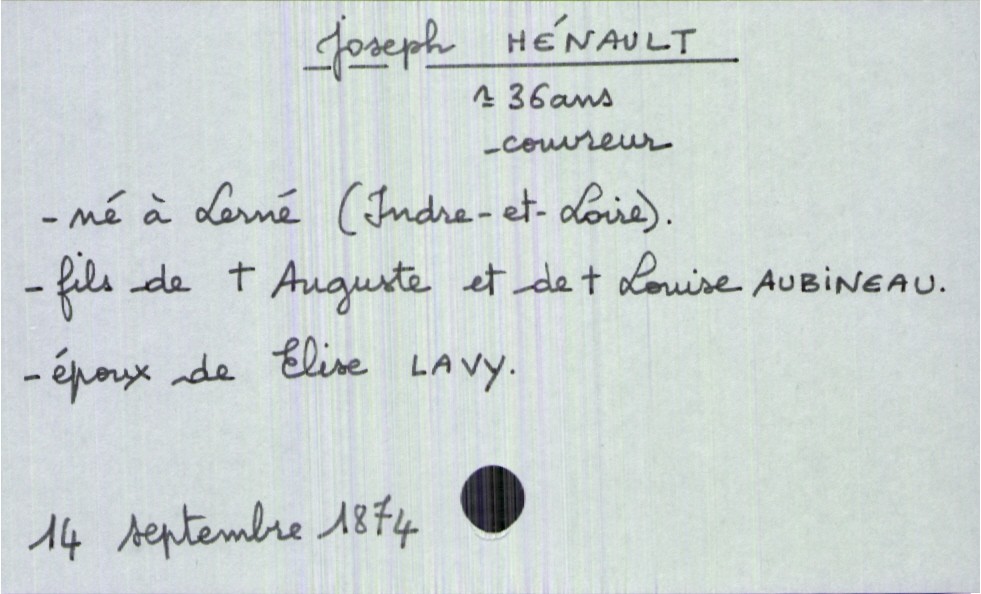
type_acte: Décès
année: 1874
mois: septembre
jour: 14
défunt_nom: Hénault
défunt_prénom: Joseph
défunt_sexe: H
défunt_âge: 36 ans
défunt_profession: couvreur
défunt_lieu_de_naissance: Lerné (Indre-et-Loire)
défunt_statut: marié(e)
père_défunt_nom: Hénault
père_défunt_prénom: Auguste
père_défunt_statut: décédé
mère_défunt_nom: Aubineau
mère_défunt_prénom: Auguste
mère_défunt_statut: décédée